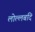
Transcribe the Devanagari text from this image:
लोल्लबदि